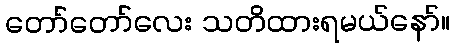
တော်တော်လေး သတိထားရမယ်နော်။